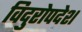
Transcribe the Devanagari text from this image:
विदुरोपदेश